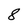
Character: 8